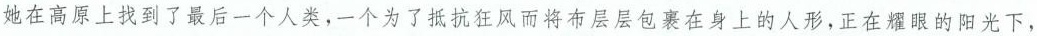
她在高原上找到了最后一个人类，一个为了抵抗狂风而将布层层包裹在身上的人形，正在耀眼的阳光下，